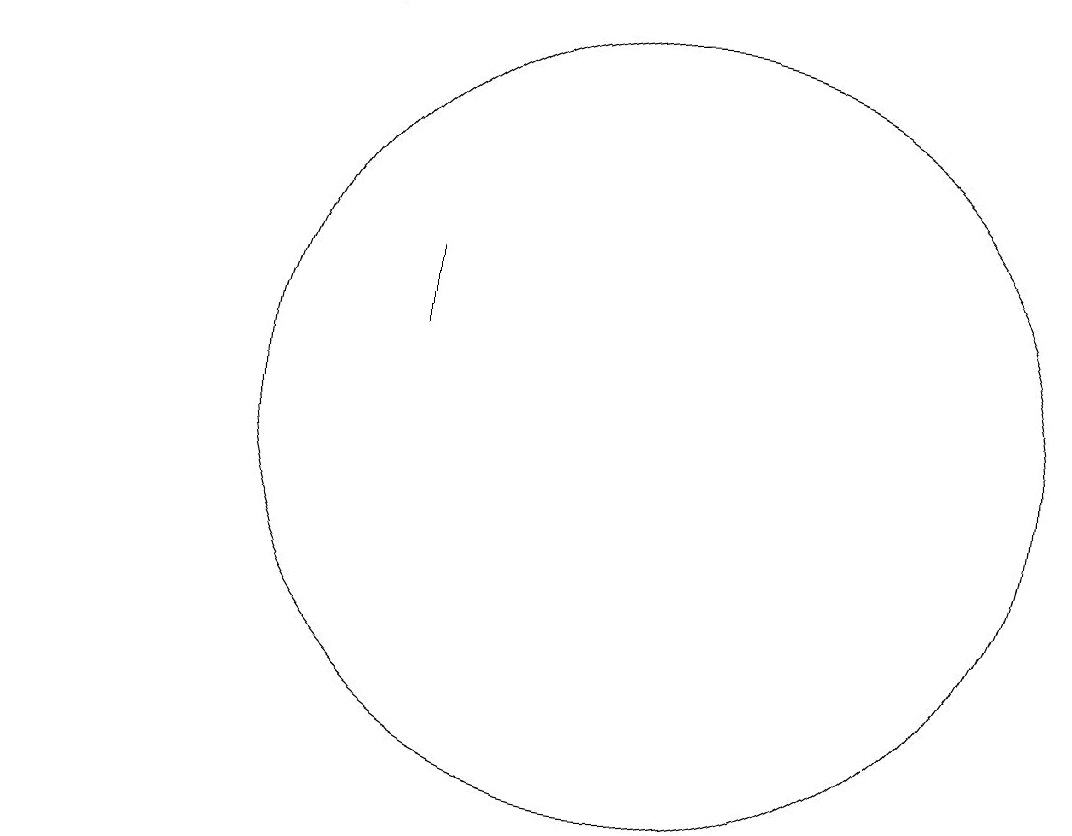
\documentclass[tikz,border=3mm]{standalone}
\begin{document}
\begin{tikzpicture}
\draw (8,13) rectangle (8,12);
\draw (7,16) rectangle (3,16);
\draw (11,11) circle (5);
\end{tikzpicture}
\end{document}